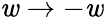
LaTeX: \mathit{w}\to-\mathit{w}